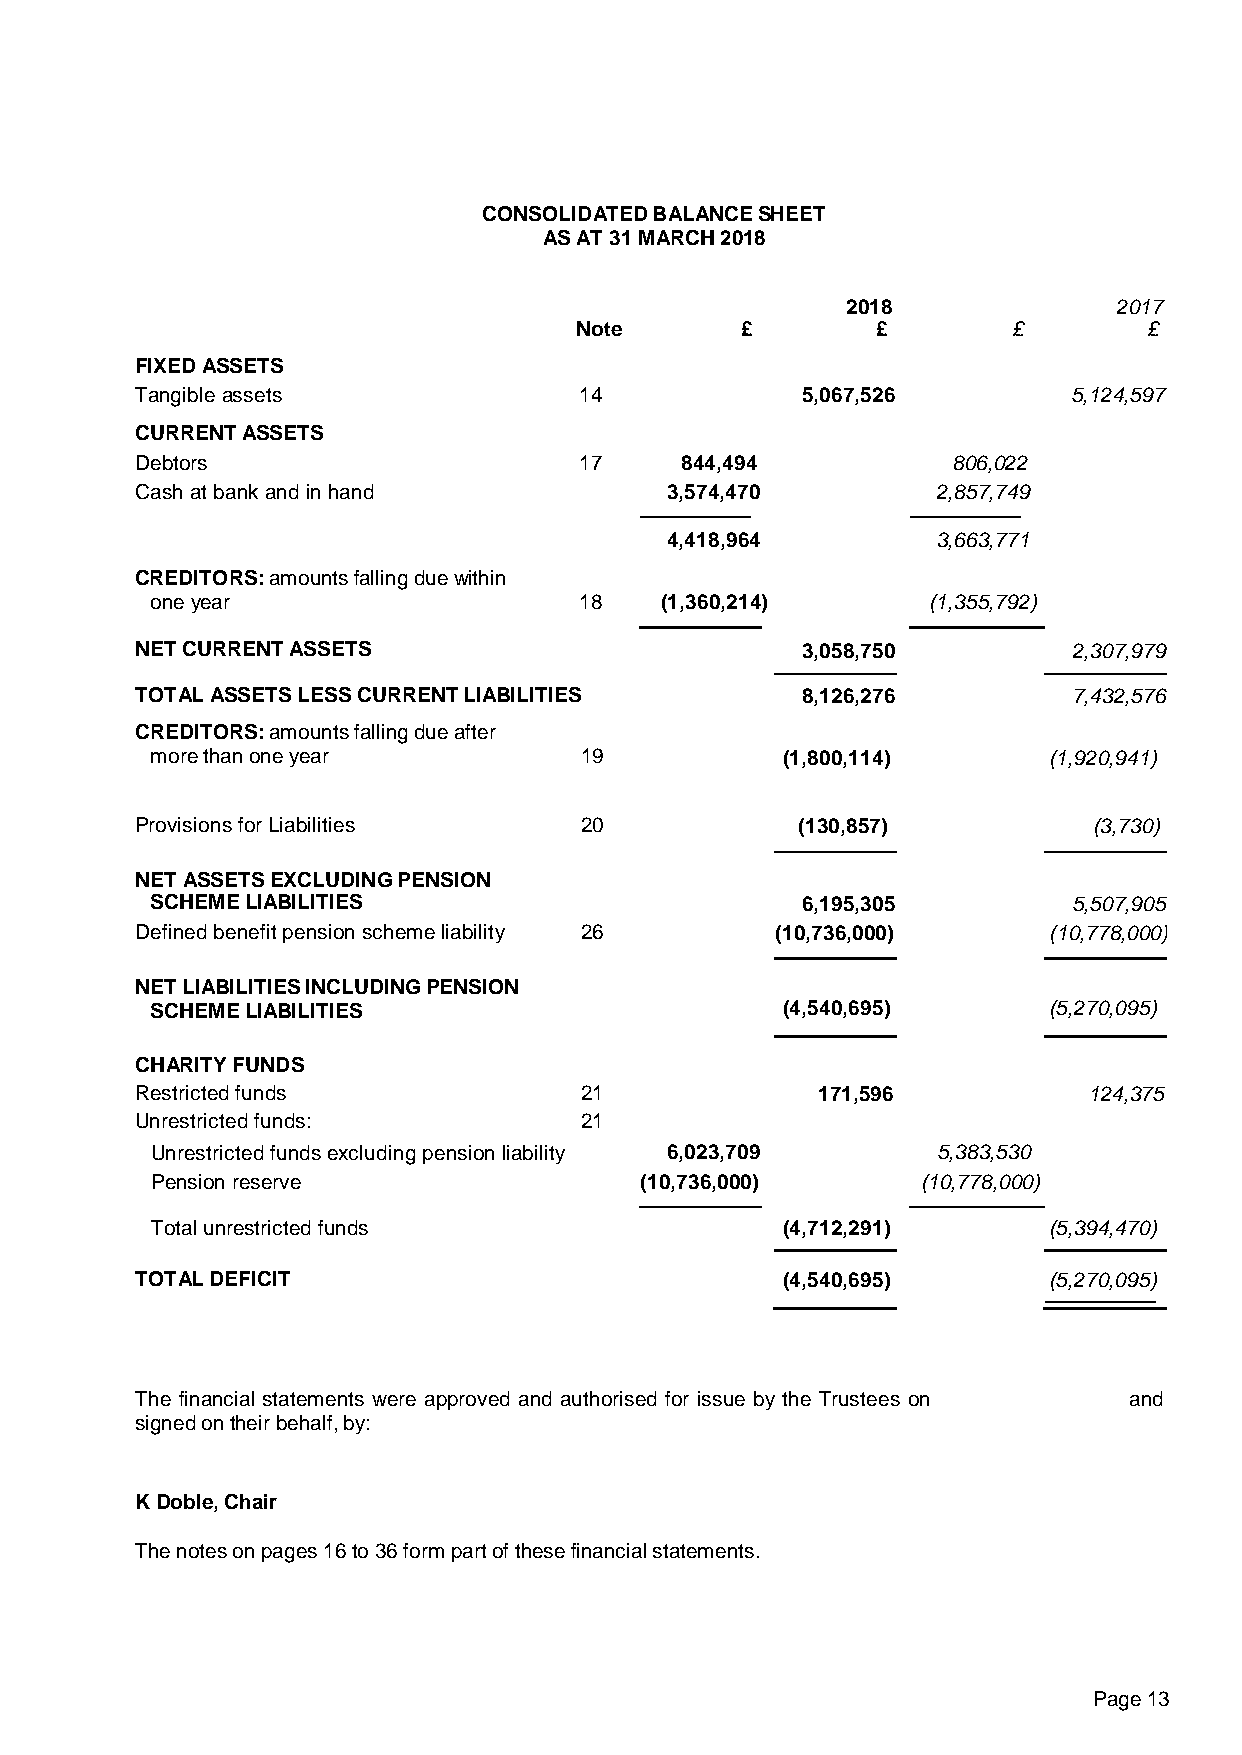
CONSOLIDATED BALANCE SHEET
 AS AT 31 MARCH 2018
 2018              2017
 Note       £        £        £        £
 FIXED ASSETS
 Tangible assets              14             5,067,526         5,124,597
 CURRENT ASSETS
 Debtors                      17     844,494           806,022
 Cash at bank and in hand           3,574,470         2,857,749
 4,418,964         3,663,771
 CREDITORS: amounts falling due within
 one year                    18    (1,360,214)       (1,355,792)
 NET CURRENT ASSETS                          3,058,750         2,307,979
 TOTAL ASSETS LESS CURRENT LIABILITIES       8,126,276         7,432,576
 CREDITORS: amounts falling due after
 more than one year          19            (1,800,114)      (1,920,941)
 Provisions for Liabilities   20             (130,857)          (3,730)
 NET ASSETS EXCLUDING PENSION
 SCHEME LIABILITIES                         6,195,305         5,507,905
 Defined benefit pension scheme liability 26 (10,736,000)    (10,778,000)
 NET LIABILITIES INCLUDING PENSION
 SCHEME LIABILITIES                        (4,540,695)      (5,270,095)
 CHARITY FUNDS
 Restricted funds             21              171,596           124,375
 Unrestricted funds:          21
 Unrestricted funds excluding pension liability 6,023,709 5,383,530
 Pension reserve                 (10,736,000)       (10,778,000)
 Total unrestricted funds                  (4,712,291)      (5,394,470)
 TOTAL DEFICIT                              (4,540,695)      (5,270,095)
 The financial statements were approved and authorised for issue by the Trustees on and
 signed on their behalf, by:
 K Doble, Chair
 The notes on pages 16 to 36 form part of these financial statements.
 Page 13